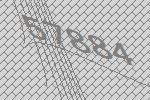
57884